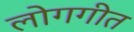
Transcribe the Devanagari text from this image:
लोगगीत